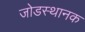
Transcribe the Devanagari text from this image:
जोडस्थानक